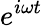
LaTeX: e^{i\omega t}